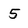
Character: 5